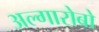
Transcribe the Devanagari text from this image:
अल्गारोबो